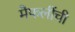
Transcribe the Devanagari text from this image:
मैफलींची